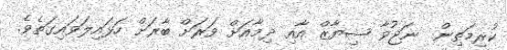
ކުރިމަތިން  ނަޖުވާ ޝިޔާޒް އާއި ދިމާއަށް ވަރަށް ބާރަށް ހަޅައިލަވައިގަތެވެ.